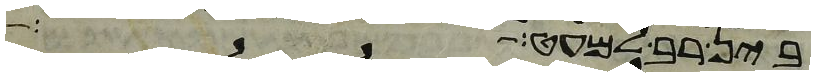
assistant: בין רב למעט